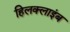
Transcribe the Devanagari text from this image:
हिलक्‍लाइंब